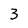
Character: 3